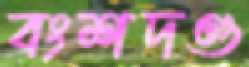
বংশদণ্ড